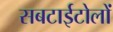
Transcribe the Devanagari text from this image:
सबटाईटोलों